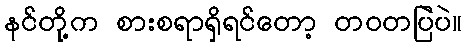
နင်တို့က စားစရာရှိရင်တော့ တဝတပြဲပဲ။